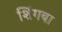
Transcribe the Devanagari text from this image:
शिंगबा